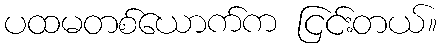
ပထမတစ်ယောက်က ငြင်းတယ်။